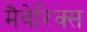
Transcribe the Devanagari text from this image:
मैवेरिक्स